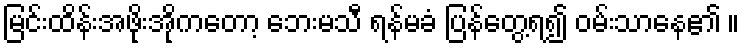
မြင်းထိန်းအဖိုးအိုကတော့ ဘေးမသီ ရန်မခံ ပြန်တွေ့ရ၍ ဝမ်းသာနေ၏ ။